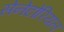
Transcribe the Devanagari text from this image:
सेनेटोरियल